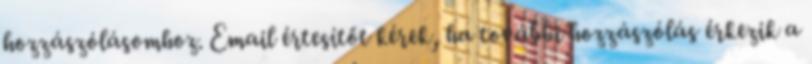
hozzászólásomhoz. Email értesítőt kérek, ha további hozzászólás érkezik a